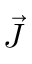
\vec { J }